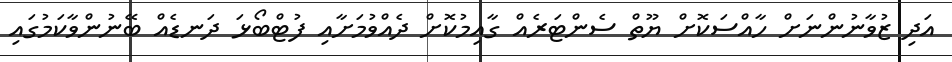
އަދި ޒުވާނުންނަށް ހާއްސަކޮށް ޔޫތް ސެންޓަރެއް ގާއިމުކޮށް ދެއްވުމަށާއި ފުޓްބޯޅަ ދަނޑެއް ބޭނުންވާކަމުގައި